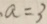
. a = 3